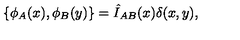
\{ \phi _ { A } ( x ) , \phi _ { B } ( y ) \} = \hat { I } _ { A B } ( x ) \delta ( x , y ) ,